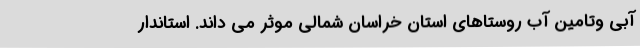
آبی وتامین آب روستاهای استان خراسان شمالی موثر می داند. استاندار